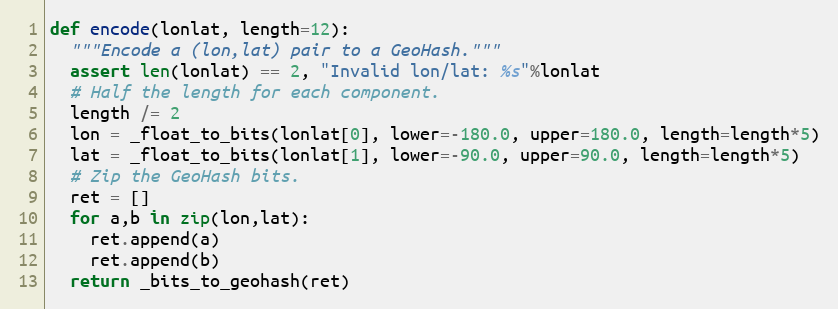
Language: Python
def encode(lonlat, length=12):
  """Encode a (lon,lat) pair to a GeoHash."""
  assert len(lonlat) == 2, "Invalid lon/lat: %s"%lonlat
  # Half the length for each component.
  length /= 2
  lon = _float_to_bits(lonlat[0], lower=-180.0, upper=180.0, length=length*5)
  lat = _float_to_bits(lonlat[1], lower=-90.0, upper=90.0, length=length*5)
  # Zip the GeoHash bits.
  ret = []
  for a,b in zip(lon,lat):
    ret.append(a)
    ret.append(b)
  return _bits_to_geohash(ret)